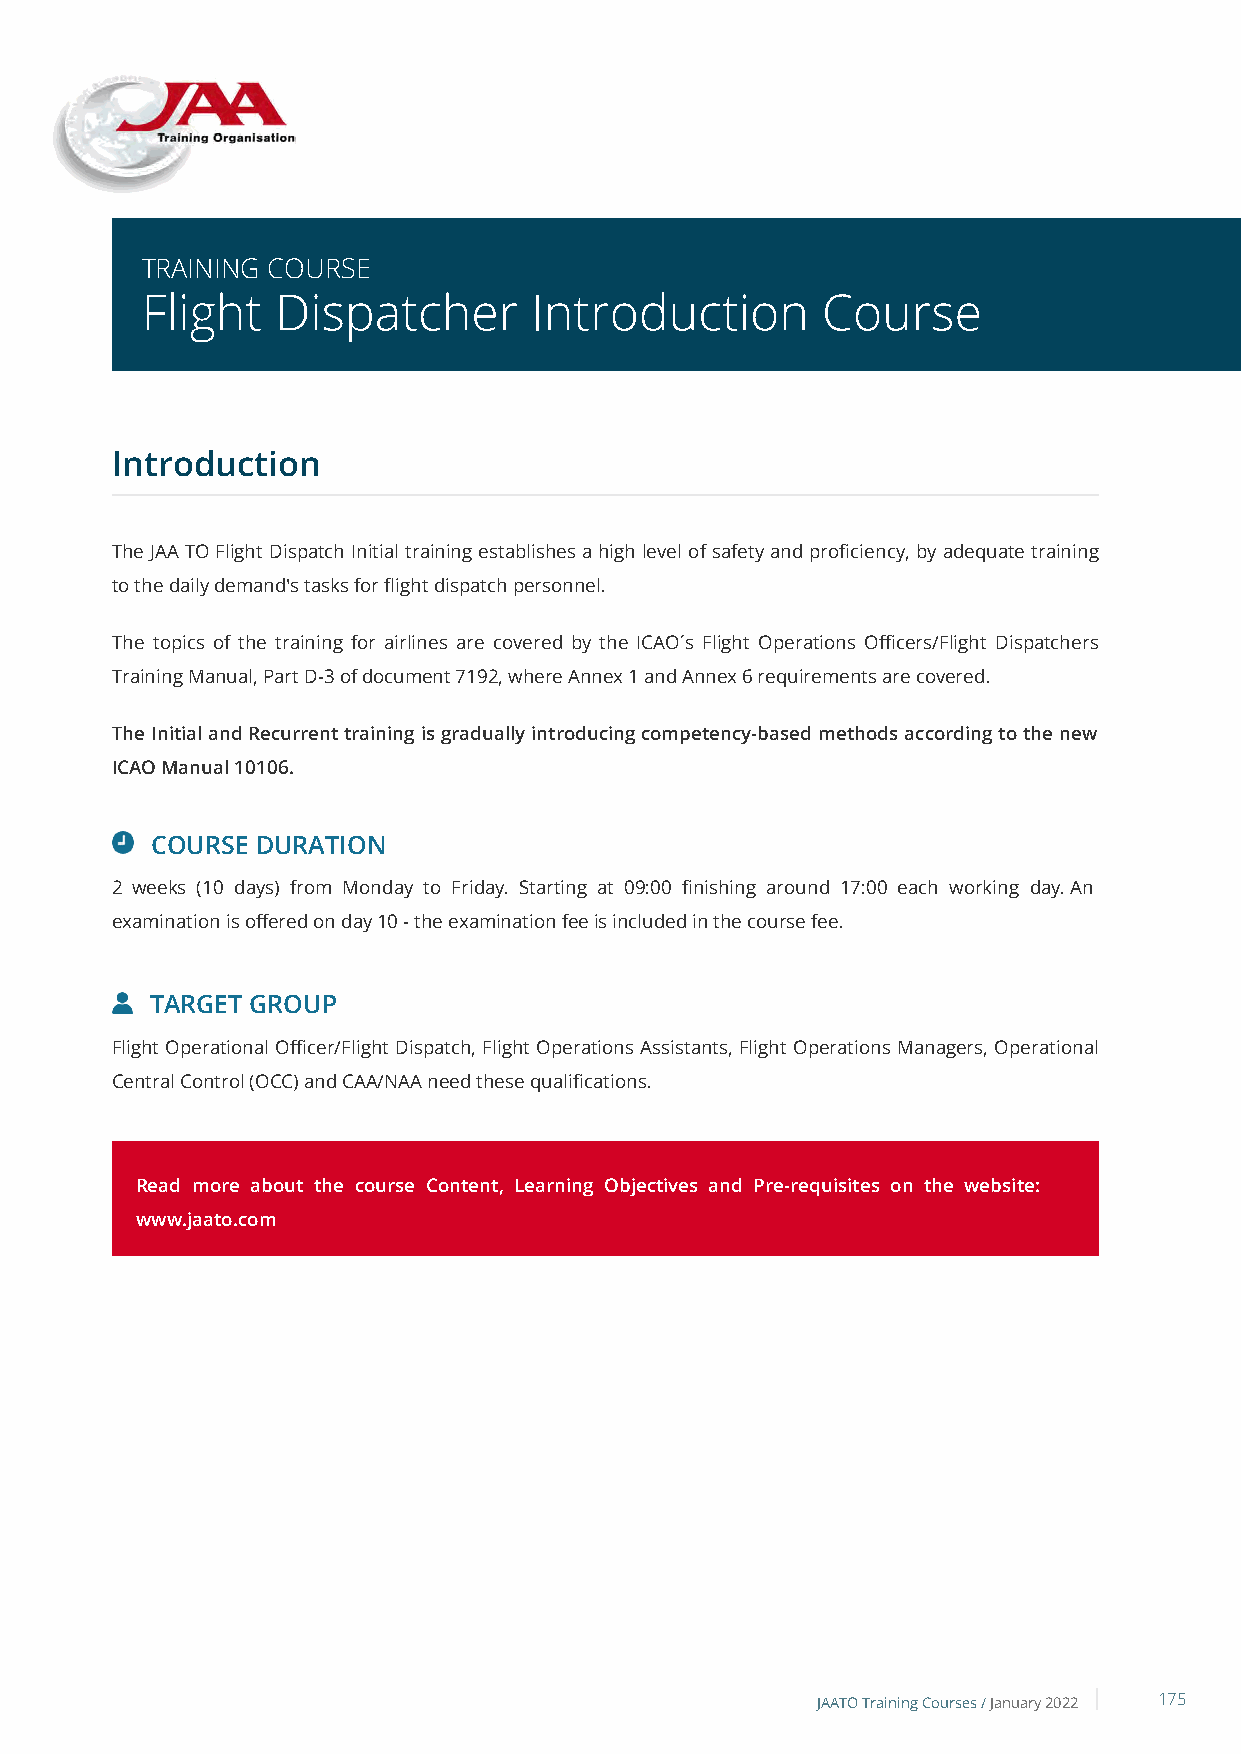
TRAINING COURSE
 Flight   Dispatcher       Introduction       Course
 Introduction
 The JAA TO Flight Dispatch Initial training establishes a high level of safety and proficiency, by adequate training
 to the daily demand's tasks for flight dispatch personnel.
 The topics of the training for airlines are covered by the ICAO´s Flight Operations Officers/Flight Dispatchers
 Training Manual, Part D-3 of document 7192, where Annex 1 and Annex 6 requirements are covered.
 The Initial and Recurrent training is gradually introducing competency-based methods according to the new
 ICAO Manual 10106.
 COURSE DURATION
 2 weeks (10 days) from Monday to Friday. Starting at 09:00 finishing around 17:00 each working day. An
 examination is offered on day 10 - the examination fee is included in the course fee.
 TARGET GROUP
 Flight Operational Officer/Flight Dispatch, Flight Operations Assistants, Flight Operations Managers, Operational
 Central Control (OCC) and CAA/NAA need these qualifications.
 Read more about the course Content, Learning Objectives and Pre-requisites on the website:
 www.jaato.com
 JAATO Training Courses /January 2022 175